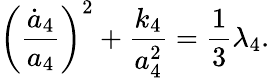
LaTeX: \biggl(\frac{{\dot{a}}_{4}}{a_{4}}\biggr)^{2}+\frac{k_{4}}{a_{4}^{2}}=\frac{1}{3}\lambda_{4}.